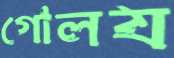
গোলয